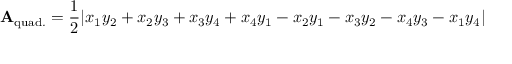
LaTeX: \mathbf { A } _ { \mathrm { q u a d . } } = { \frac { 1 } { 2 } } | x _ { 1 } y _ { 2 } + x _ { 2 } y _ { 3 } + x _ { 3 } y _ { 4 } + x _ { 4 } y _ { 1 } - x _ { 2 } y _ { 1 } - x _ { 3 } y _ { 2 } - x _ { 4 } y _ { 3 } - x _ { 1 } y _ { 4 } |